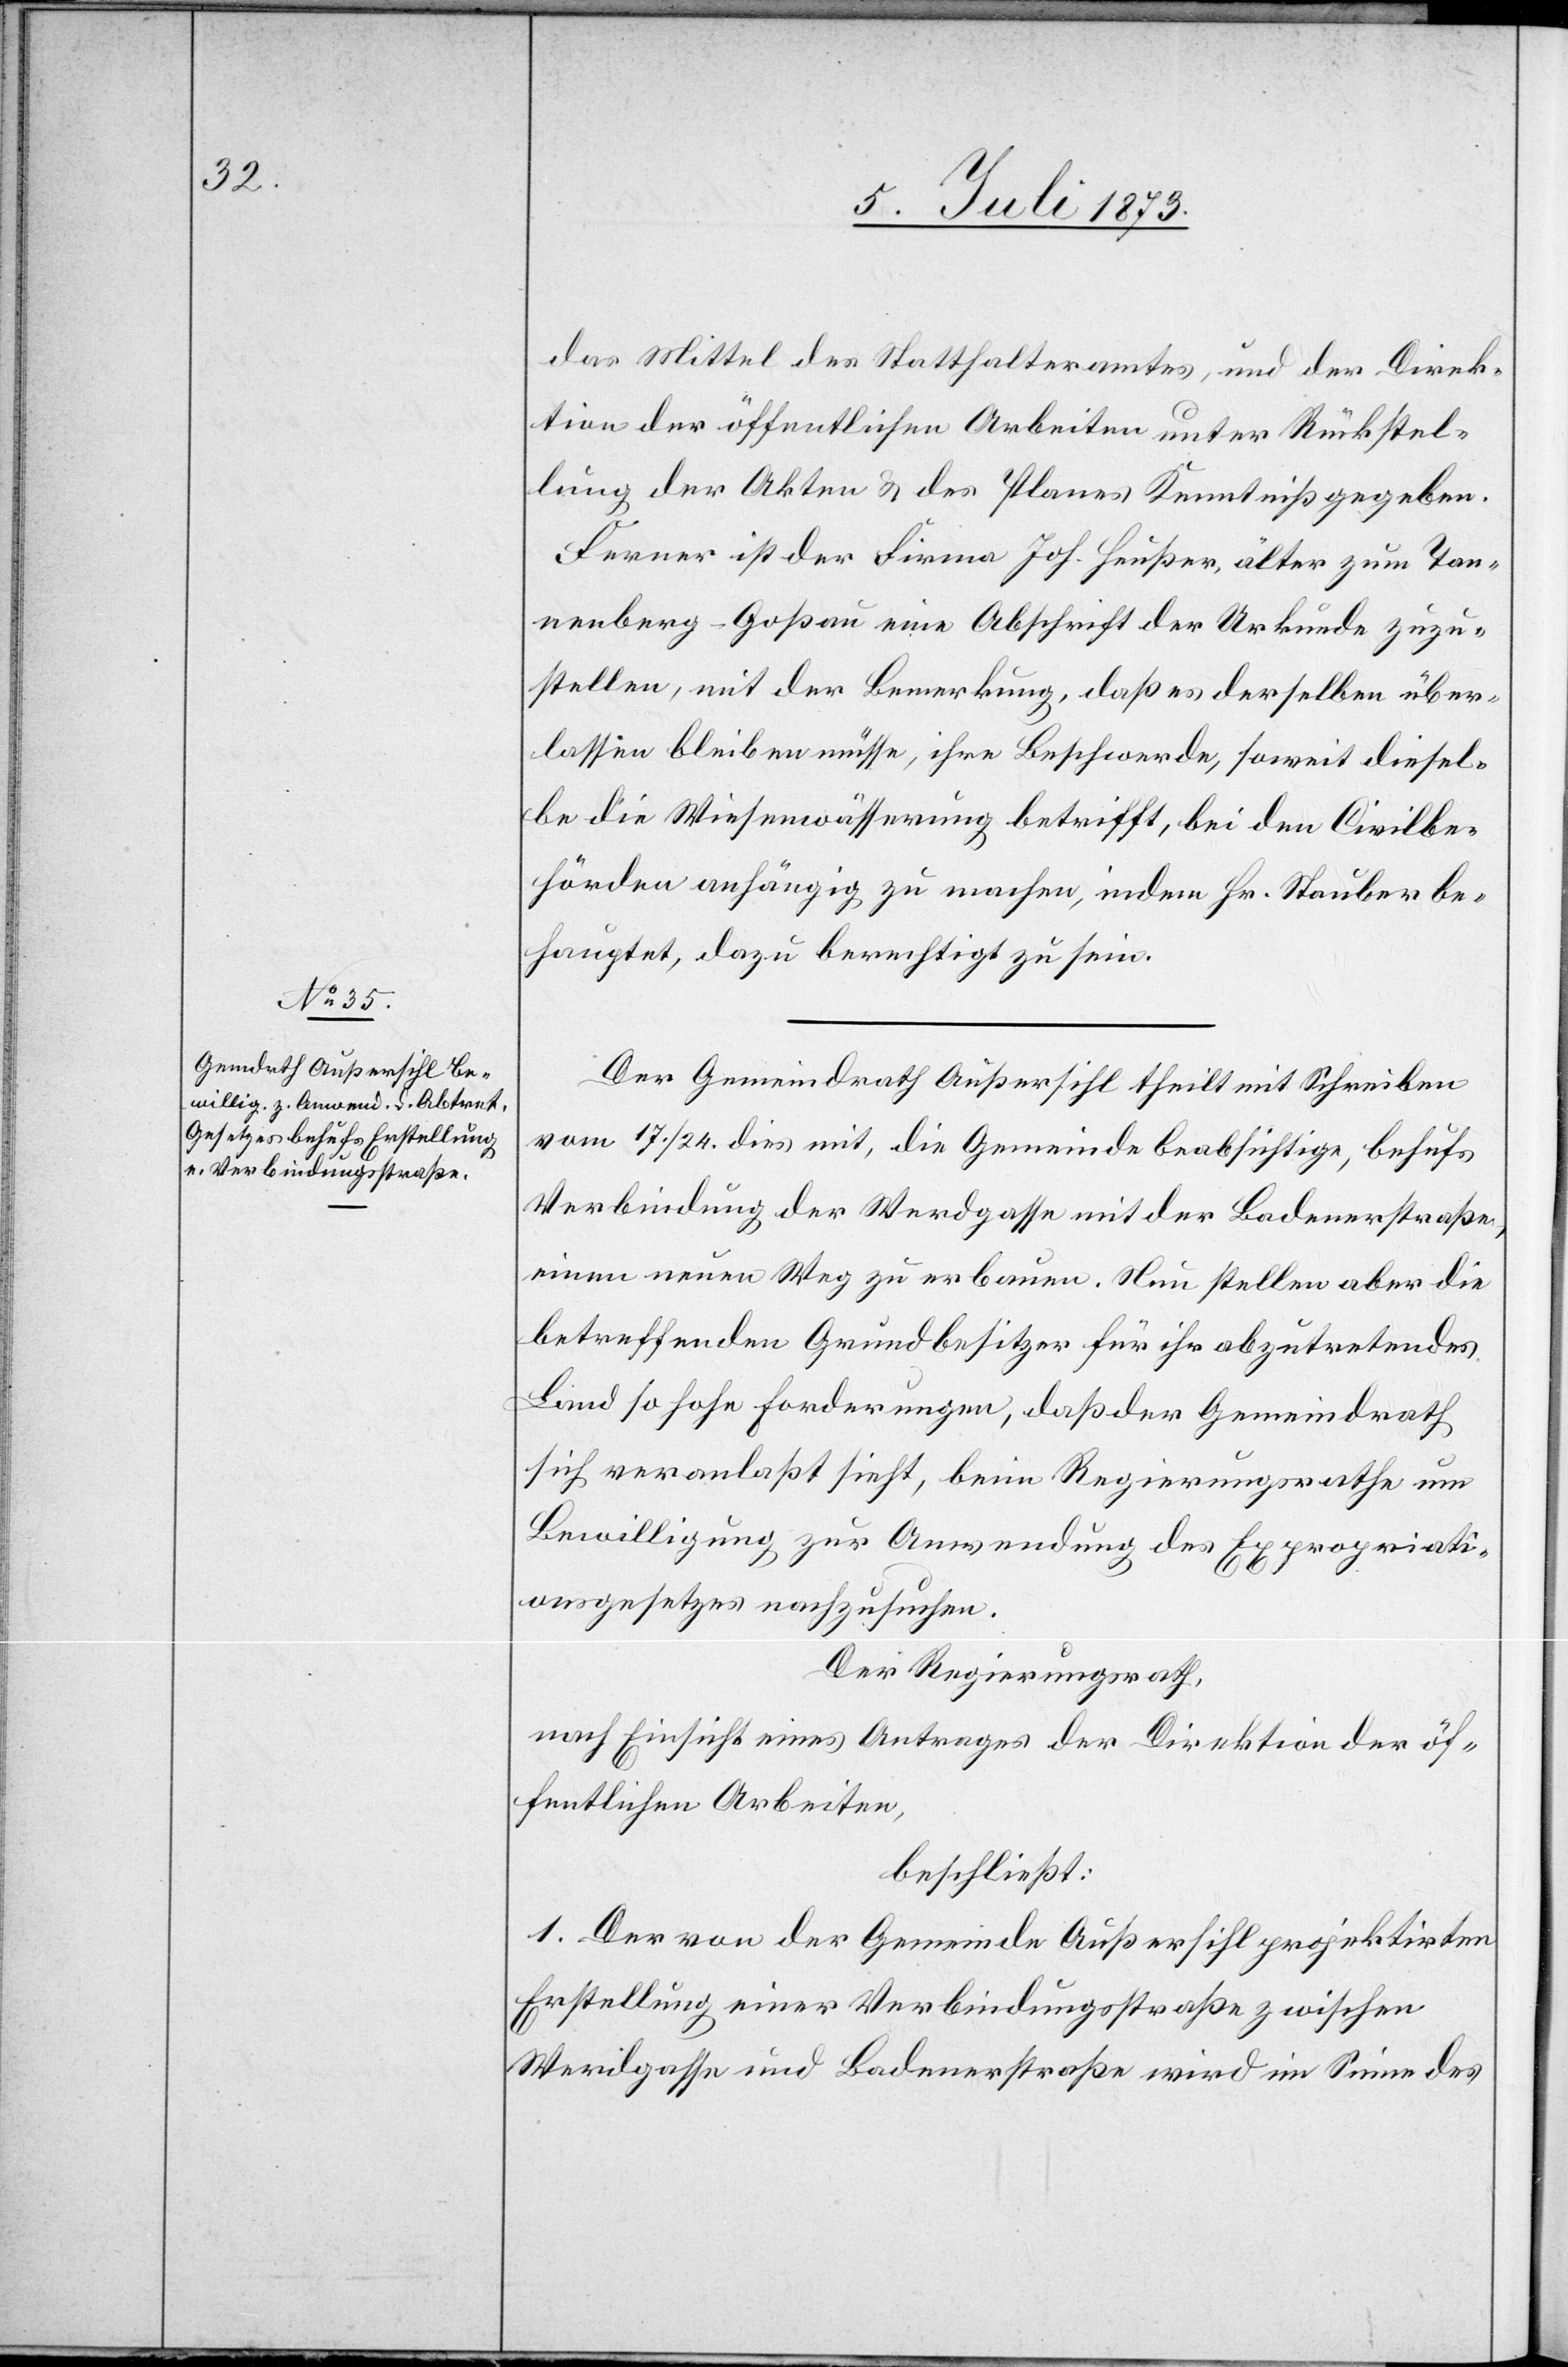
das Mittel des Statthalteramtes, und der Direk¬
tion der öffentlichen Arbeiten unter Rückstel¬
lung der Akten & des Planes Kenntniß gegeben.
Ferner ist der Firma Joh. Heußer, älter zum Tan¬
nenberg-Goßau eine Abschrift der Urkunde zuzu¬
stellen, mit der Bemerkung, daß es derselben über¬
lassen bleiben müsse, ihre Beschwerde, soweit diesel¬
be die Wiesenwässerung betrifft, bei den Civilbe¬
hörden anhängig zu machen, indem Hr. Stauber be¬
hauptet, dazu berechtigt zu sein.
Der Gemeindrath Außersihl theilt mit Schreiben
vom 17./24. dies mit, die Gemeinde beabsichtige, behufs
Verbindung der Werdgasse mit der Badenerstraße
einen neuen Weg zu erbauen. Nun stellen aber die
betreffenden Grundbesitzer für ihr abzutretendes
Land so hohe Forderungen, daß der Gemeindrath
sich veranlaßt sieht, beim Regierungsrathe um
Bewilligung zur Anwendung des Expropriati¬
onsgesetzes nachzusuchen.
Der Regierungsrath,
nach Einsicht eines Antrages der Direktion der öf¬
fentlichen Arbeiten,
beschließt:
1. Der von der Gemeinde Außersihl projektirten
Erstellung einer Verbindungsstraße zwischen
Werdgasse und Badenerstraße wird im Sinne des